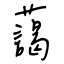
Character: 藹